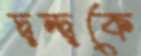
দ্বন্দ্বকে